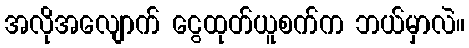
အလိုအလျောက် ငွေထုတ်ယူစက်က ဘယ်မှာလဲ။